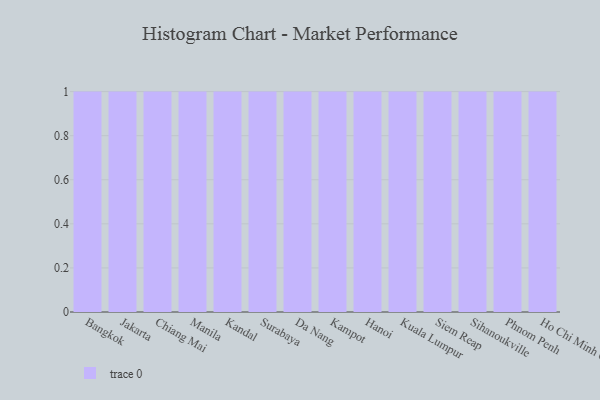
{"axis": {"x": "City", "y": "Humidity (%)"}, "legend": [""], "data": [{"x": "Bangkok", "y": 60, "type": ""}, {"x": "Jakarta", "y": 81, "type": ""}, {"x": "Chiang Mai", "y": 41, "type": ""}, {"x": "Manila", "y": 5, "type": ""}, {"x": "Kandal", "y": 95, "type": ""}, {"x": "Surabaya", "y": 23, "type": ""}, {"x": "Da Nang", "y": 65, "type": ""}, {"x": "Kampot", "y": 6, "type": ""}, {"x": "Hanoi", "y": 66, "type": ""}, {"x": "Kuala Lumpur", "y": 98, "type": ""}, {"x": "Siem Reap", "y": 83, "type": ""}, {"x": "Sihanoukville", "y": 52, "type": ""}, {"x": "Phnom Penh", "y": 61, "type": ""}, {"x": "Ho Chi Minh City", "y": 93, "type": ""}]}